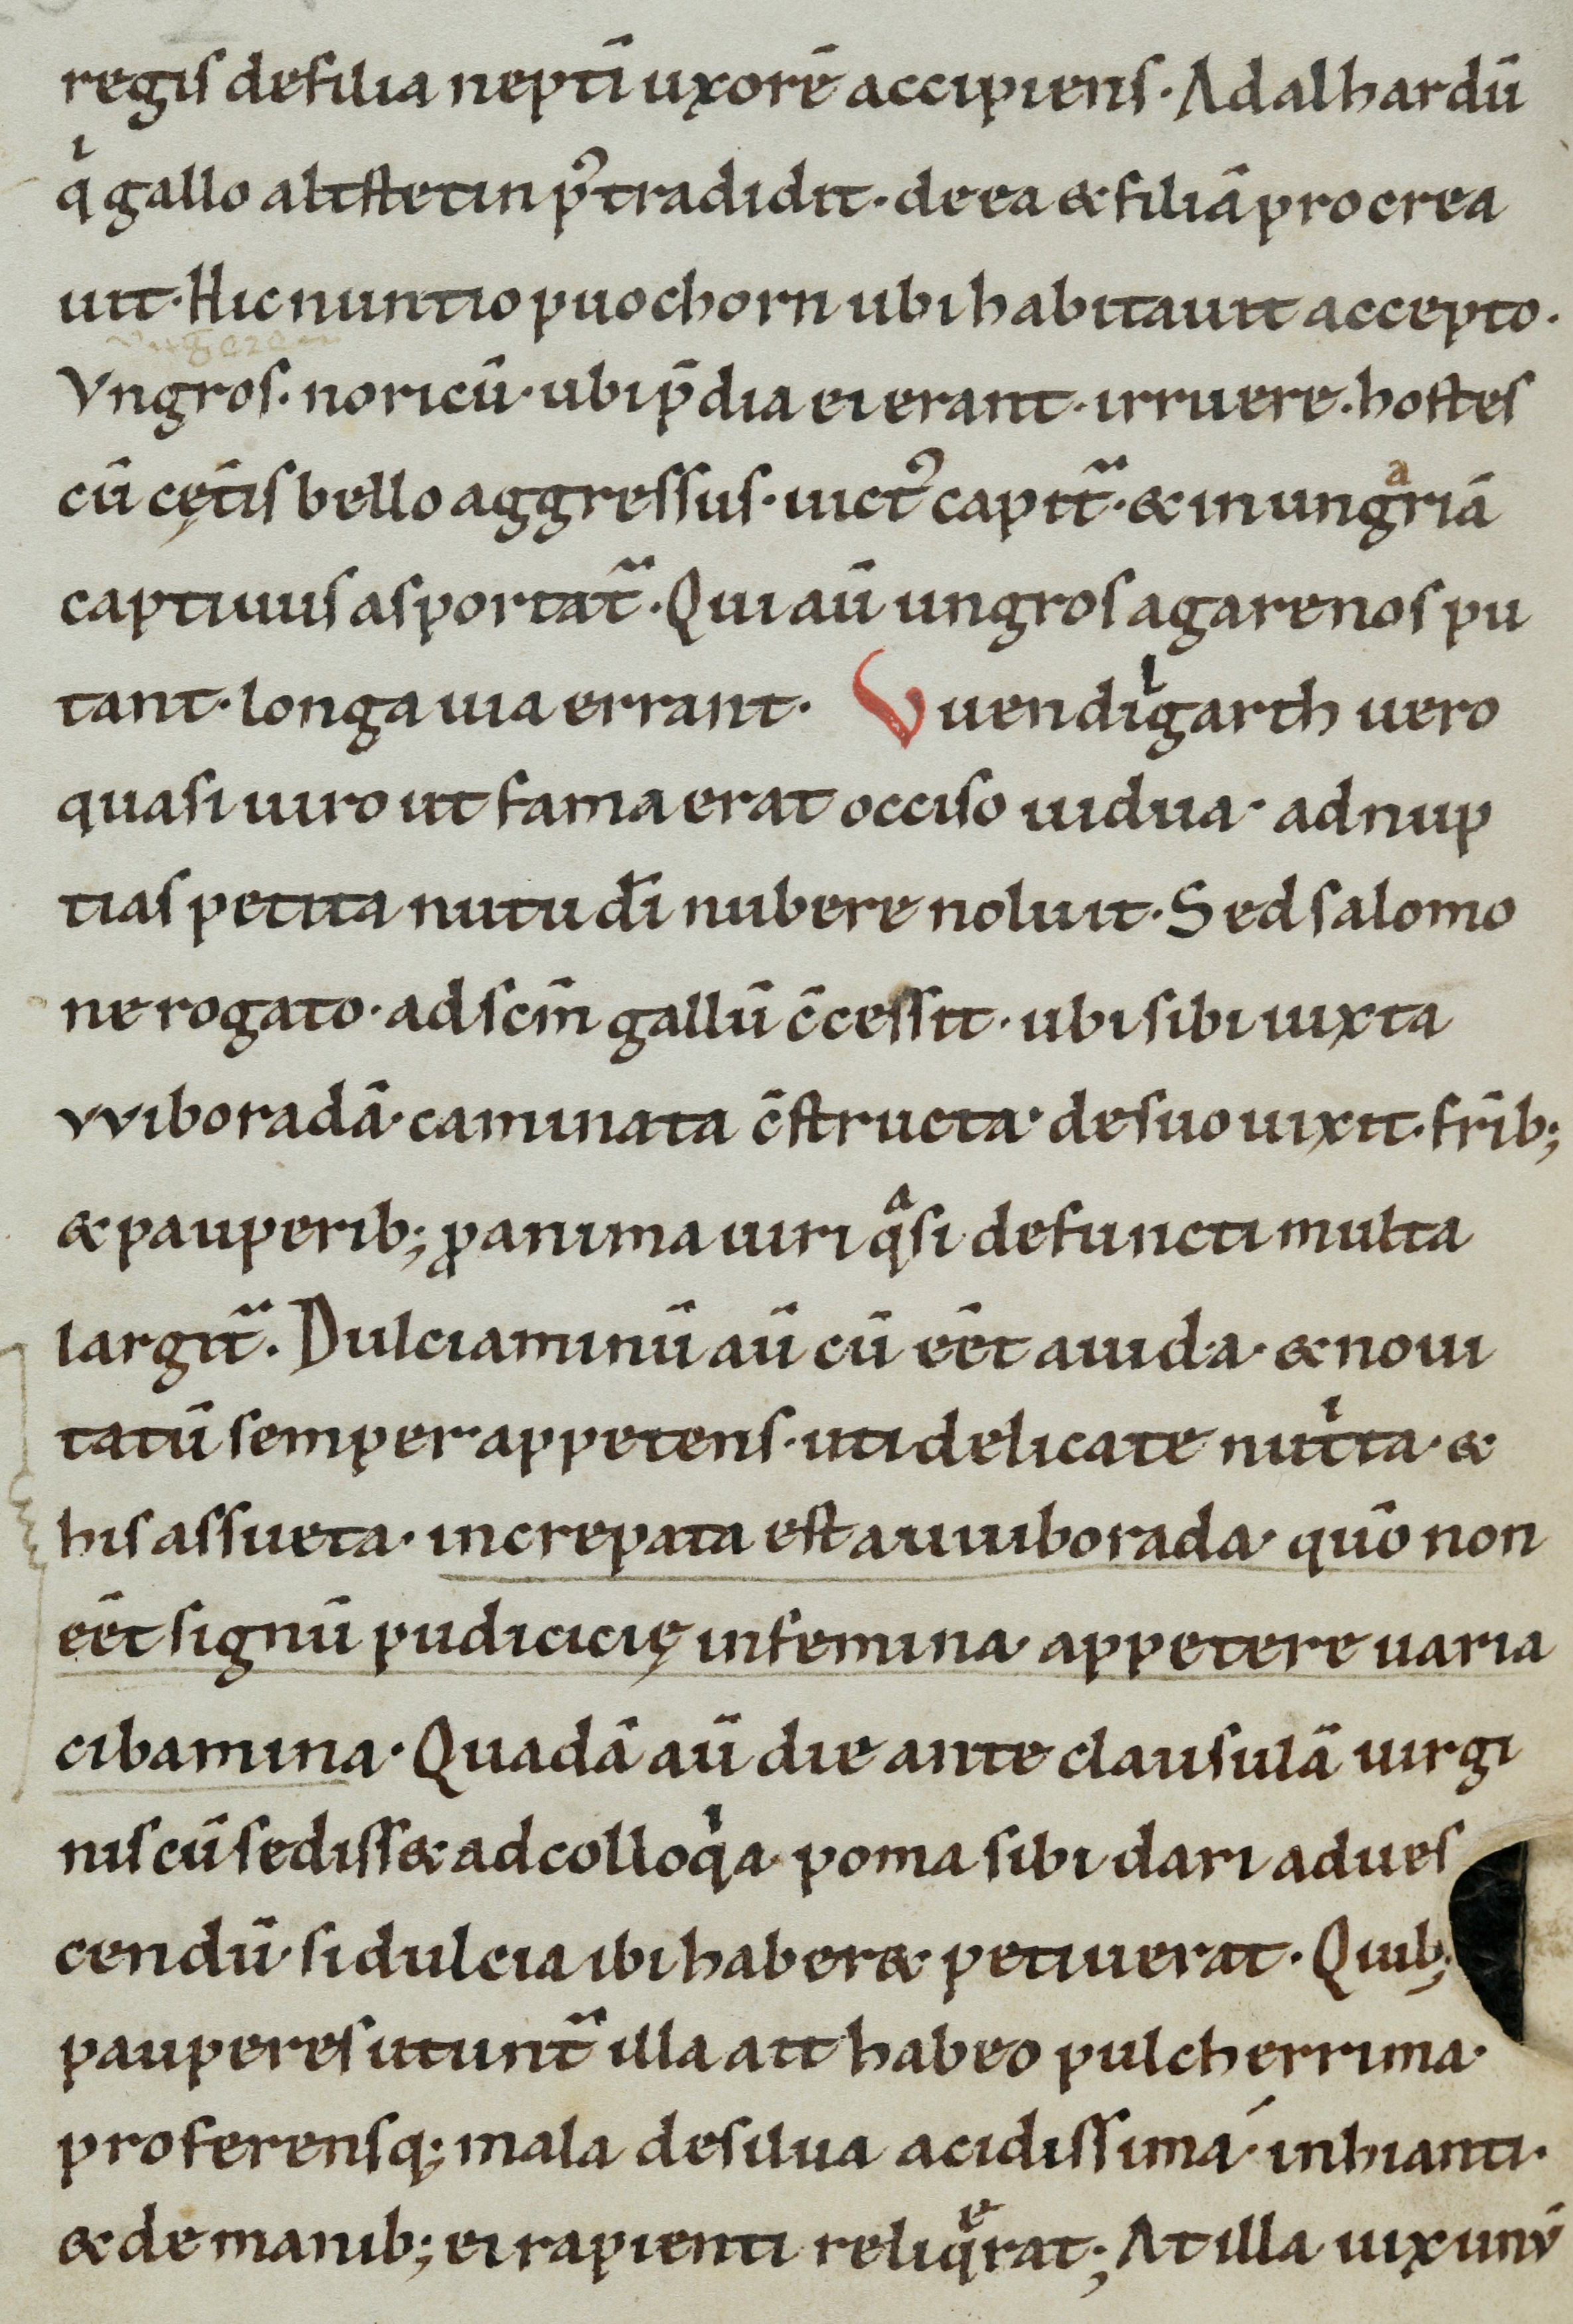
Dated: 1100–1199